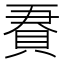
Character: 𧵹